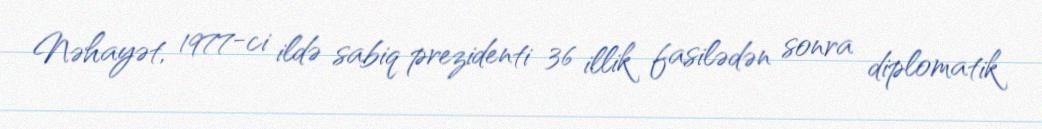
Nəhayət, 1977-ci ildə sabiq prezidenti 36 illik fasilədən sonra diplomatik